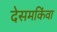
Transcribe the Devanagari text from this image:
देसमकिंवा